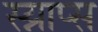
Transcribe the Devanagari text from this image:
स्य्नाप्स